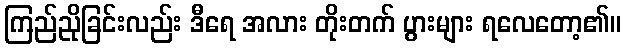
ကြည်ညိုခြင်းလည်း ဒီရေ အလား တိုးတက် ပွားများ ရလေတော့၏။